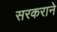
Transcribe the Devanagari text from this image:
सरकराने